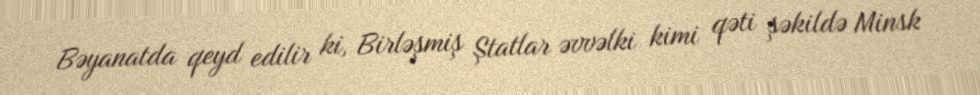
Bəyanatda qeyd edilir ki, Birləşmiş Ştatlar əvvəlki kimi qəti şəkildə Minsk